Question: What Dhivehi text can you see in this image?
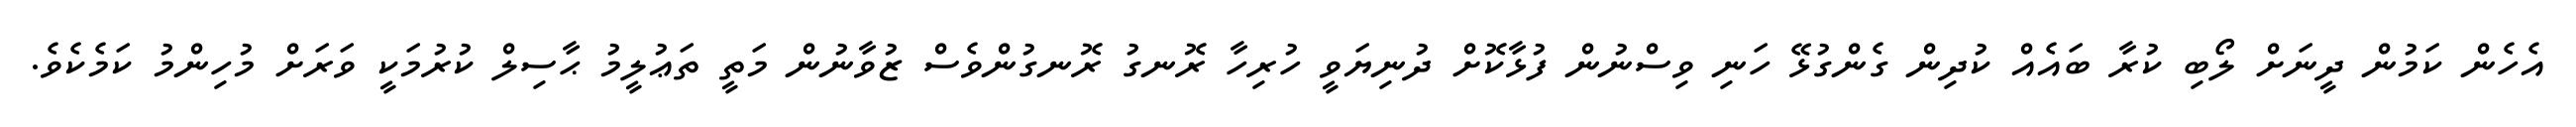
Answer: އެހެން ކަމުން ދީނަށް ލޯބި ކުރާ ބައެއް ކުދިން ގެންގުޅޭ ހަނި ވިސްނުން ފުޅާކޮށް ދުނިޔަވީ ހުރިހާ ރޮނގު ރޮނގުންވެސް ޒުވާނުން މަތީ ތަޢުލީމު ޙާސިލް ކުރުމަކީ ވަރަށް މުހިންމު ކަމެކެވެ.